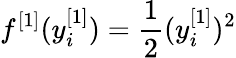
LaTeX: f^{[1]}(y_{i}^{[1]})=\frac{1}{2}(y_{i}^{[1]})^{2}